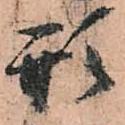
形